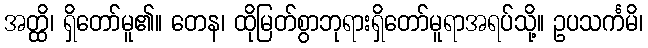
အတ္ထိ၊ ရှိတော်မူ၏။ တေန၊ ထိုမြတ်စွာဘုရားရှိတော်မူရာအရပ်သို့။ ဥပသင်္ကမိ၊